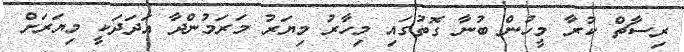
ރިސާޗް ކުރާ މީހުން ބުނާ ގޮތުގައި މިހާރު މިޔަރު މަރަމުންދާ އަދަދަކީ މިޔަރަށް